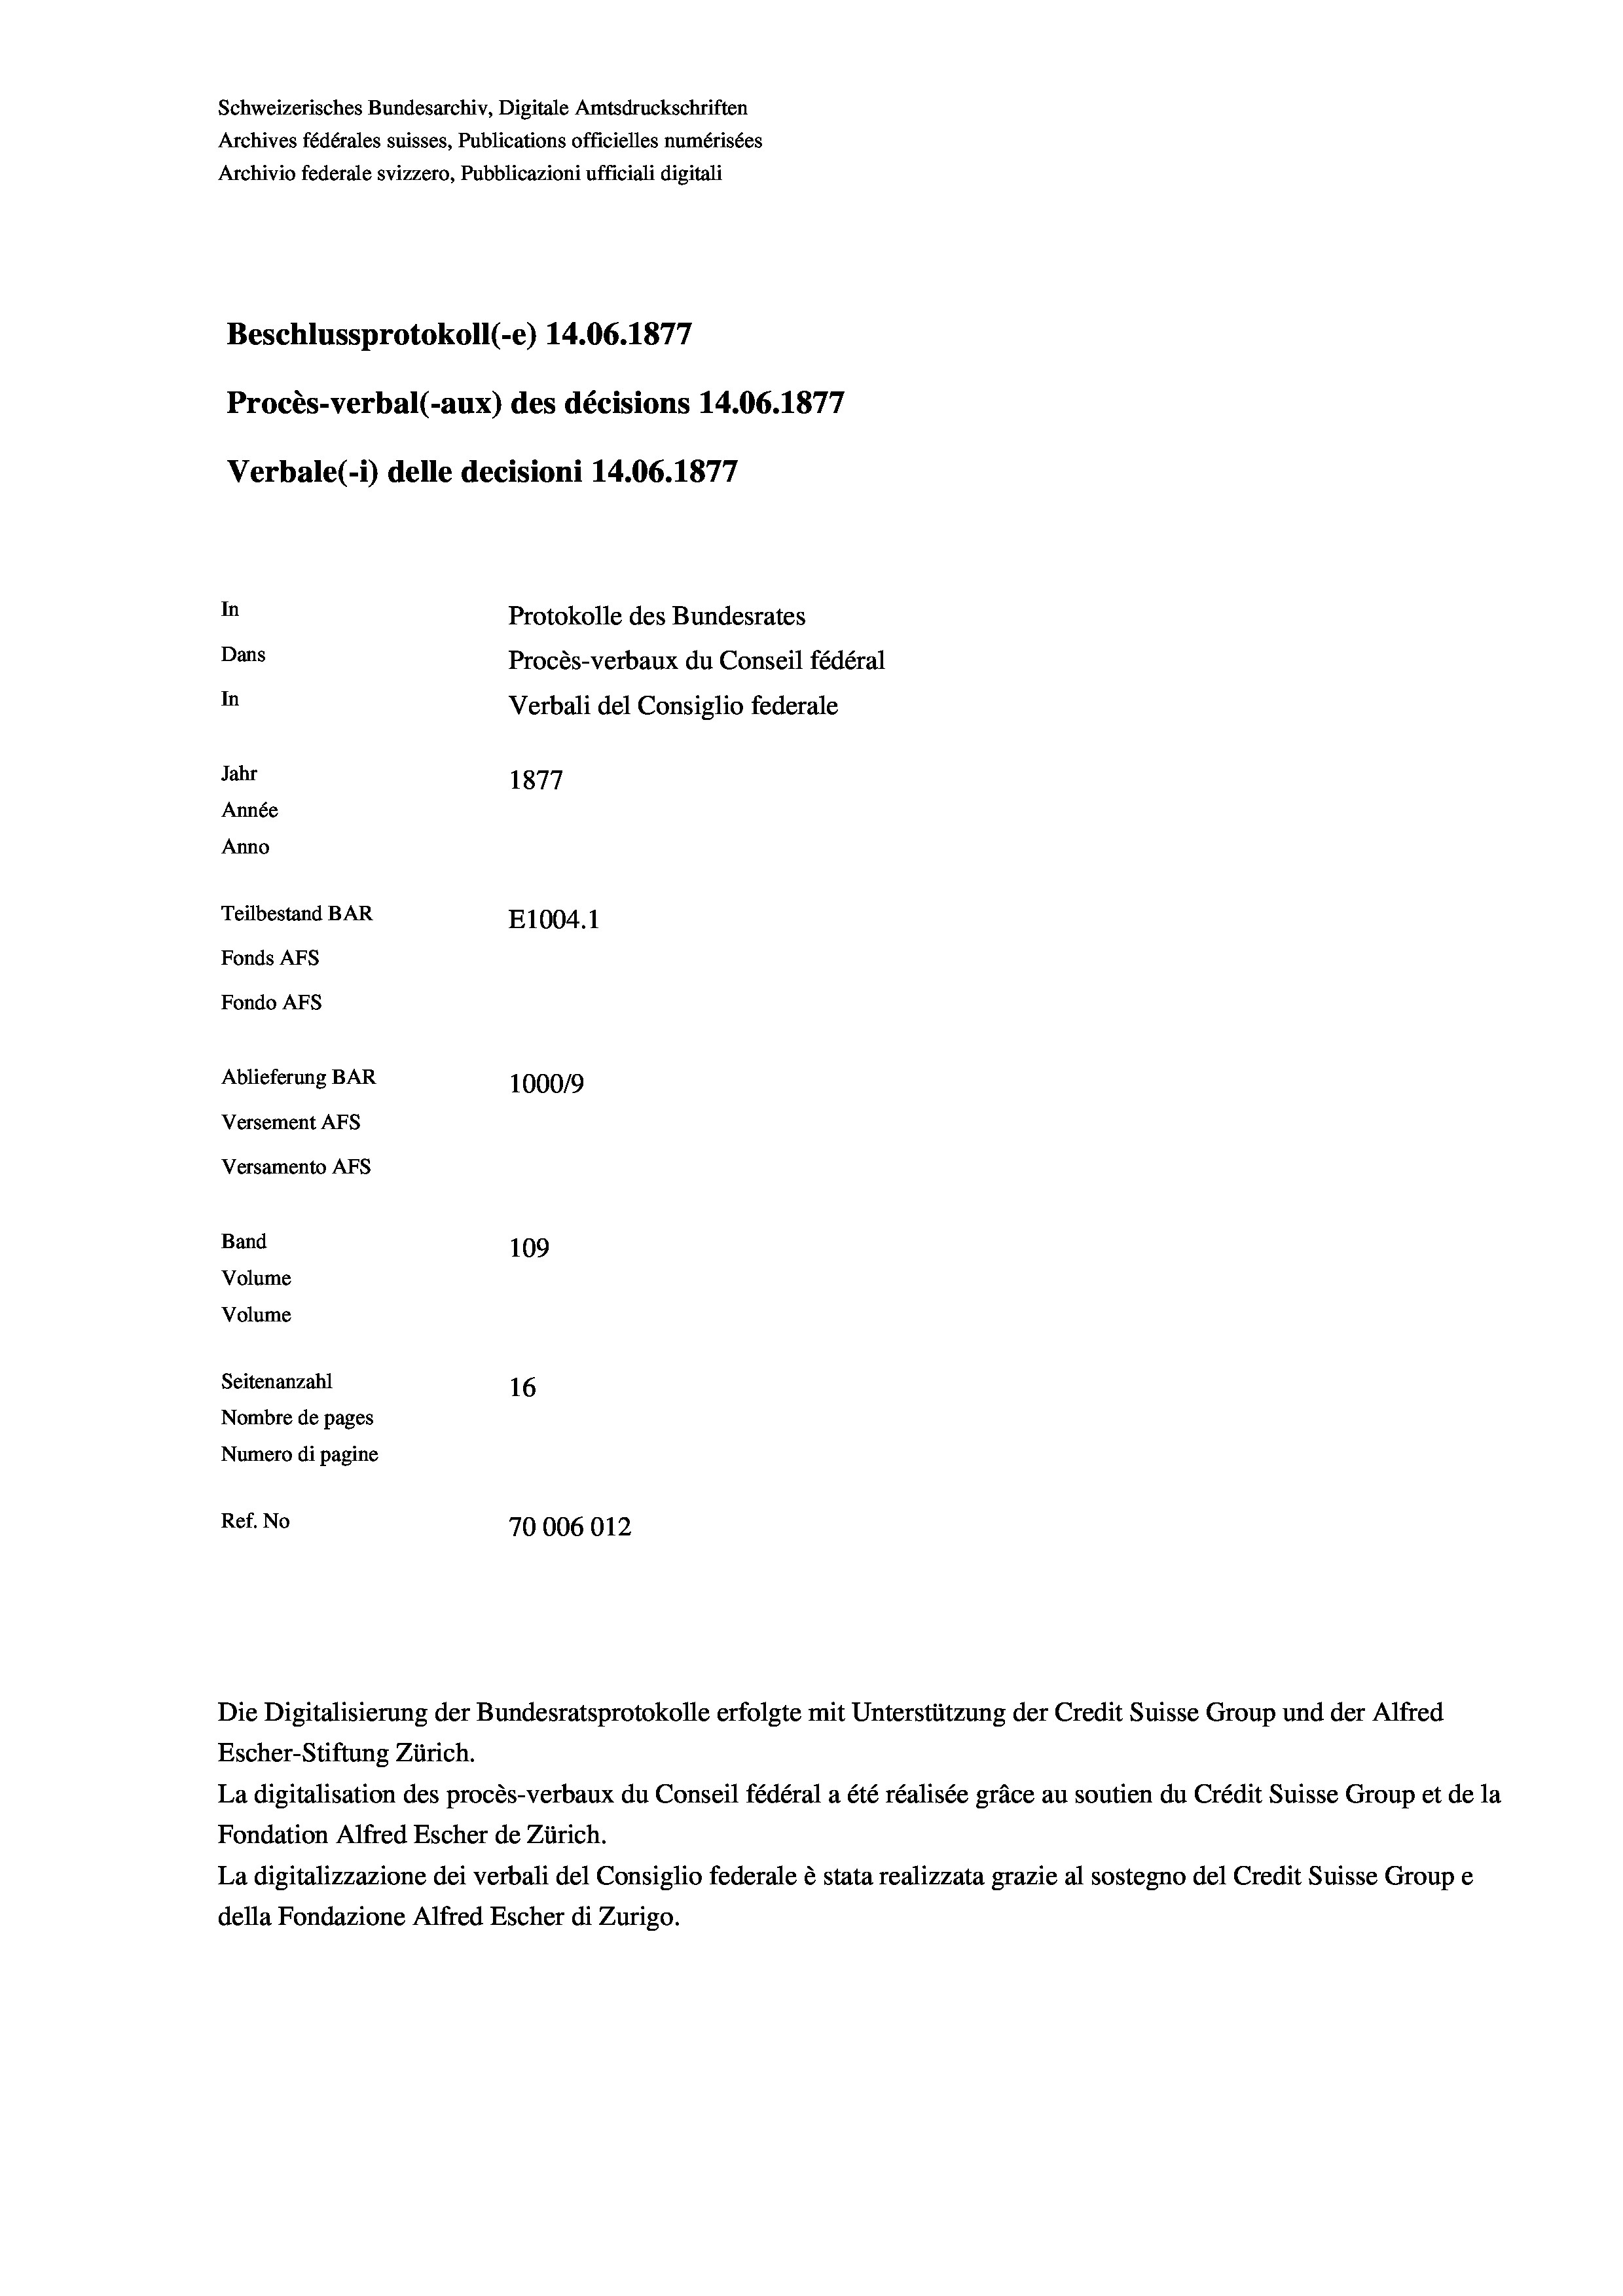
Schweizerisches Bundesarchiv, Digitale Amtsdruckschriften
Archives fédérales suisses, Publications officielles numérisées
Archivio federale svizzero, Pubblicazioni ufficiali digitali
7
Beschlussprotokoll (-e) 14.06. 1877
Procès-verbal (-aux) des décisions 14.06. 1877
Verbale (-*) delle decisioni 14.06. 1877
In
Protokolle des Bundesrates
Dans
Procès-verbaux du Conseil fédéral
In
Verbali del Consiglio federale
Jahr
1877
Année
Anno
Teilbestand BAR
E1004. 1
Fonds AFs
Fondo AFs
Ablieferung BAR
100019
Versement AFS
Versamento AFs
Band
109

Volume
Volume
Seitenanzahl
16
Nombre de pages
Numero di pagine
Ref. No
70006012

Escher-Stiftung Zürich.
La digitalisation des procès-verbaux du Conseil fédéral a été réalisée gräce au soutien du Crédit Suisse Group et de la
Fondation Alfred Escher de Zürich.
La digitalizzazione dei verbali del Consiglio federale è stata realizzata grazie al sostegno del Credit Suisse Groupe
della Fondazione Alfred Escher di Zurigo.

Die Digitalisierung der Bundesratsprotokolle erfolgte mit Unterstützung der Credit Suisse Group und der Alfred